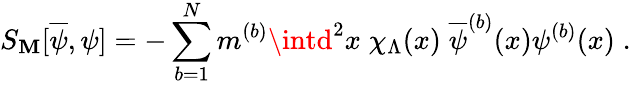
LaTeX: S_{\mathbf{M}}[\overline{{{{\psi}}}},\psi]=-\sum_{b=1}^{N}m^{(b)}\intd^{2}x\; \chi_{\Lambda}(x)\; \overline{{{{\psi}}}}^{(b)}(x)\psi^{(b)}(x)\; .